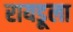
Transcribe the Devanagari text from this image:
रायडूला